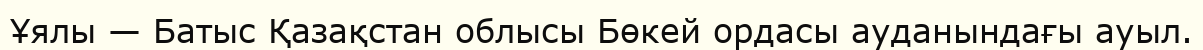
Ұялы — Батыс Қазақстан облысы Бөкей ордасы ауданындағы ауыл.